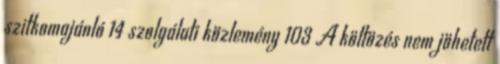
szitkomajánló 14 szolgálati közlemény 103 A költözés nem jöhetett